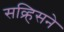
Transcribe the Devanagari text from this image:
सव्र्हिसने